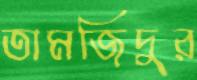
তামজিদুর